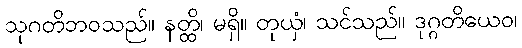
သုဂတိဘဝသည်။ နတ္ထိ၊ မရှိ။ တုယှံ၊ သင်သည်။ ဒုဂ္ဂတိယေဝ၊